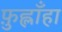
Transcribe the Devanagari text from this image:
फ़ुह्लाँहा